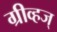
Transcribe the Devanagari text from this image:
ग्रीव्हज्